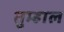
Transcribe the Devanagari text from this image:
तुम्हाल